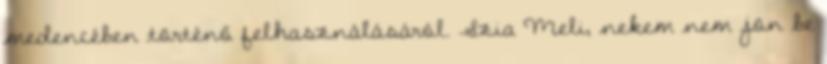
medencében történő felhasználásáról. Szia Meli, nekem nem jön be